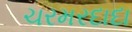
ચરમરદાદા